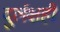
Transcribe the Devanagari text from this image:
दुर्लक्षही